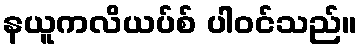
နယူကလိယပ်စ် ပါဝင်သည်။